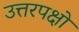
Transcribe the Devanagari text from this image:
उत्तरपक्षों